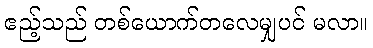
ဧည့်သည် တစ်ယောက်တလေမျှပင် မလာ။